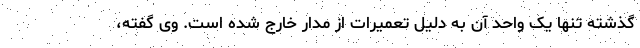
گذشته تنها یک واحد آن به دلیل تعمیرات از مدار خارج شده است. وی گفته،